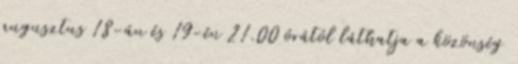
augusztus 18-án és 19-én 21.00 órától láthatja a közönség